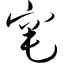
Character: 窀